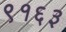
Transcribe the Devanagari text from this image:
९१६३